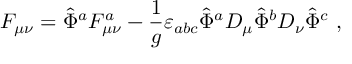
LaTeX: { \cal F } _ { \mu \nu } = \hat { \Phi } ^ { a } F _ { \mu \nu } ^ { a } - \frac { 1 } { g } \varepsilon _ { a b c } \hat { \Phi } ^ { a } D _ { \mu } \hat { \Phi } ^ { b } D _ { \nu } \hat { \Phi } ^ { c } \ ,